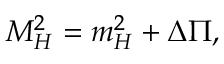
M _ { H } ^ { 2 } = m _ { H } ^ { 2 } + \Delta \Pi ,